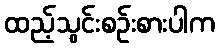
ထည့်သွင်းစဉ်းစားပါက